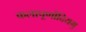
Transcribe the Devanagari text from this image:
कलापूर्णोदियमु